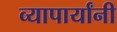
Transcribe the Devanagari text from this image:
व्यापार्यांनी